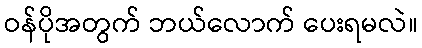
ဝန်ပိုအတွက် ဘယ်လောက် ပေးရမလဲ။